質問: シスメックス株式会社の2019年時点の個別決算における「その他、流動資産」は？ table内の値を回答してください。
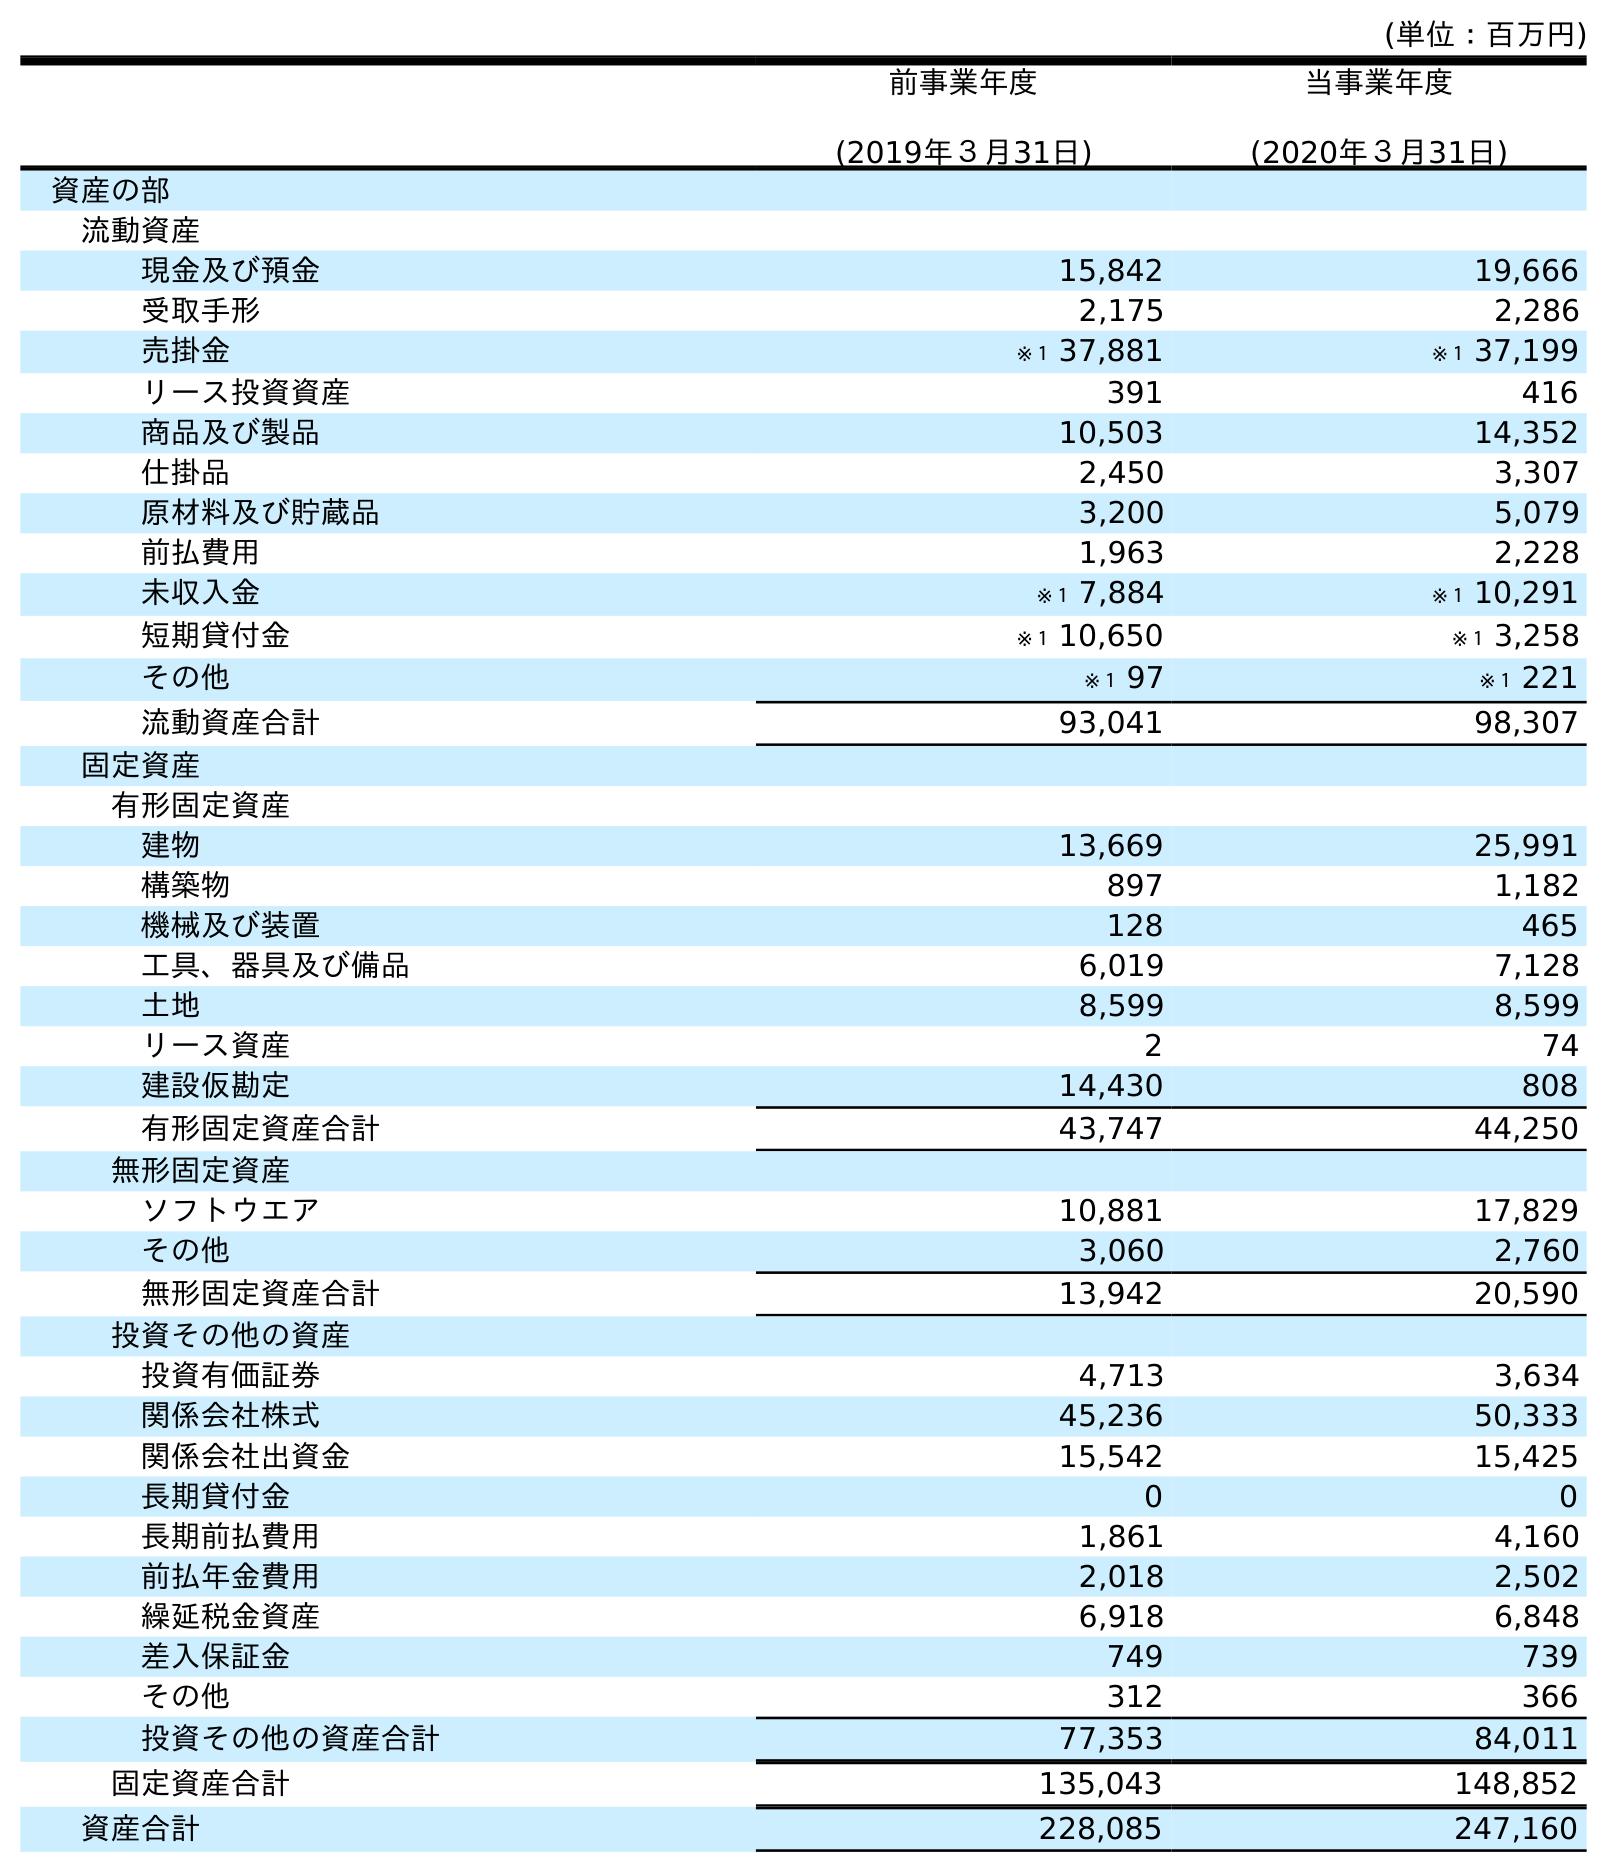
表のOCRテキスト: (単位：百万円) 前事業年度 (2019年３月31日) 当事業年度 (2020年３月31日) 資産の部 流動資産 現金及び預金 15,842 19,666 受取手形 2,175 2,286 売掛金 ※１ 37,881 ※１ 37,199 リース投資資産 391 416 商品及び製品 10,503 14,352 仕掛品 2,450 3,307 原材料及び貯蔵品 3,200 5,079 前払費用 1,963 2,228 未収入金 ※１ 7,884 ※１ 10,291 短期貸付金 ※１ 10,650 ※１ 3,258 その他 ※１ 97 ※１ 221 流動資産合計 93,041 98,307 固定資産 有形固定資産 建物 13,669 25,991 構築物 897 1,182 機械及び装置 128 465 工具、器具及び備品 6,019 7,128 土地 8,599 8,599 リース資産 2 74 建設仮勘定 14,430 808 有形固定資産合計 43,747 44,250 無形固定資産 ソフトウエア 10,881 17,829 その他 3,060 2,760 無形固定資産合計 13,942 20,590 投資その他の資産 投資有価証券 4,713 3,634 関係会社株式 45,236 50,333 関係会社出資金 15,542 15,425 長期貸付金 0 0 長期前払費用 1,861 4,160 前払年金費用 2,018 2,502 繰延税金資産 6,918 6,848 差入保証金 749 739 その他 312 366 投資その他の資産合計 77,353 84,011 固定資産合計 135,043 148,852 資産合計 228,085 247,160
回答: ※１97